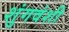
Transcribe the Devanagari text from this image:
शुंगवंशी